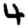
Digit: 4